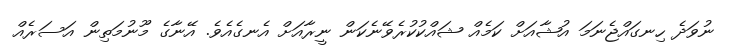
ނުވަދެ ހިނގައްޖެނަމަ އުޝާއަށް ކަމެއް ޝައްކުކުރެވޭނެކަން ނީރާއަށް އެނގެއެވެ. އޭނާގެ މޫނުމަތިން އަސަރެއް